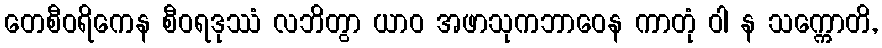
တေစီဝရိကေန စီဝရဒုဿံ လဘိတွာ ယာဝ အဖာသုကဘာဝေန ကာတုံ ဝါ န သက္ကောတိ,